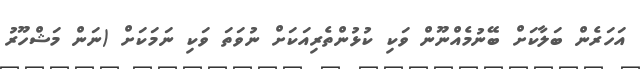
އަހަރެން ބަލާކަށް ބޭނުމެއްނޫން ވަކި ކުޅުންތެރިއަކަށް ނުވަތަ ވަކި ނަމަކަށް (ނަން މަޝްހޫރު